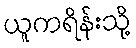
ယူကရိန်းသို့